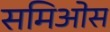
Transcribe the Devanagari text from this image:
समिओस